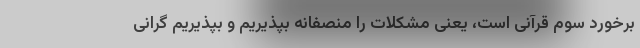
برخورد سوم قرآنی است، یعنی مشکلات را منصفانه بپذیریم و بپذیریم گرانی